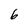
Character: 6